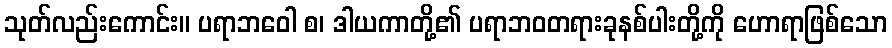
သုတ်လည်းကောင်း။ ပရာဘဝေါ စ၊ ဒါယကာတို့၏ ပရာဘဝတရားခုနစ်ပါးတို့ကို ဟောရာဖြစ်သော